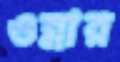
ওন্নার